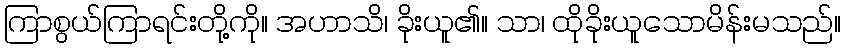
ကြာစွယ်ကြာရင်းတို့ကို။ အဟာသိ၊ ခိုးယူ၏။ သာ၊ ထိုခိုးယူသောမိန်းမသည်။